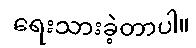
ရေးသားခဲ့တာပါ။